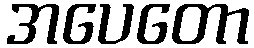
အပေတော